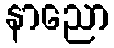
နာညော